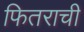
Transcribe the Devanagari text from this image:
फितराची